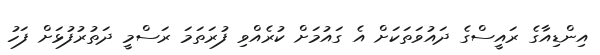
އިންޑިއާގެ ރައީސްގެ ދައުވަތަކަށް އެ ގައުމަށް ކުރެއްވި ފުރަތަމަ ރަސްމީ ދަތުރުފުޅަށް ފަހު